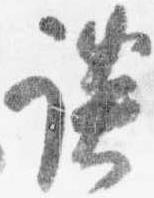
談